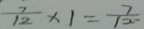
\frac { 7 } { 1 2 } \times 1 = \frac { 7 } { 1 2 }